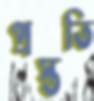
প্রস্ততি